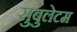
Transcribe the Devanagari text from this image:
सुबुलेटम